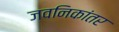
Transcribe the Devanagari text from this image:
जवनिकांतर